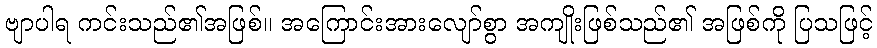
ဗျာပါရ ကင်းသည်၏အဖြစ်။ အကြောင်းအားလျော်စွာ အကျိုးဖြစ်သည်၏ အဖြစ်ကို ပြသဖြင့်